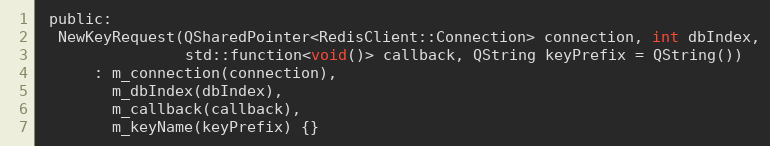
Language: C
 public:
  NewKeyRequest(QSharedPointer<RedisClient::Connection> connection, int dbIndex,
                std::function<void()> callback, QString keyPrefix = QString())
      : m_connection(connection),
        m_dbIndex(dbIndex),
        m_callback(callback),
        m_keyName(keyPrefix) {}